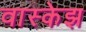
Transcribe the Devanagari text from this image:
वास्केझ